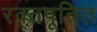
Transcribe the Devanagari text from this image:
रक्तपूतित